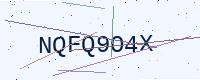
Text: NQFQ9O4X